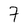
Character: 7